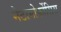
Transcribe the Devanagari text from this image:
मेटामोर्फोसिस